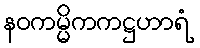
နဝကမ္မိကကဋ္ဌဟာရံ